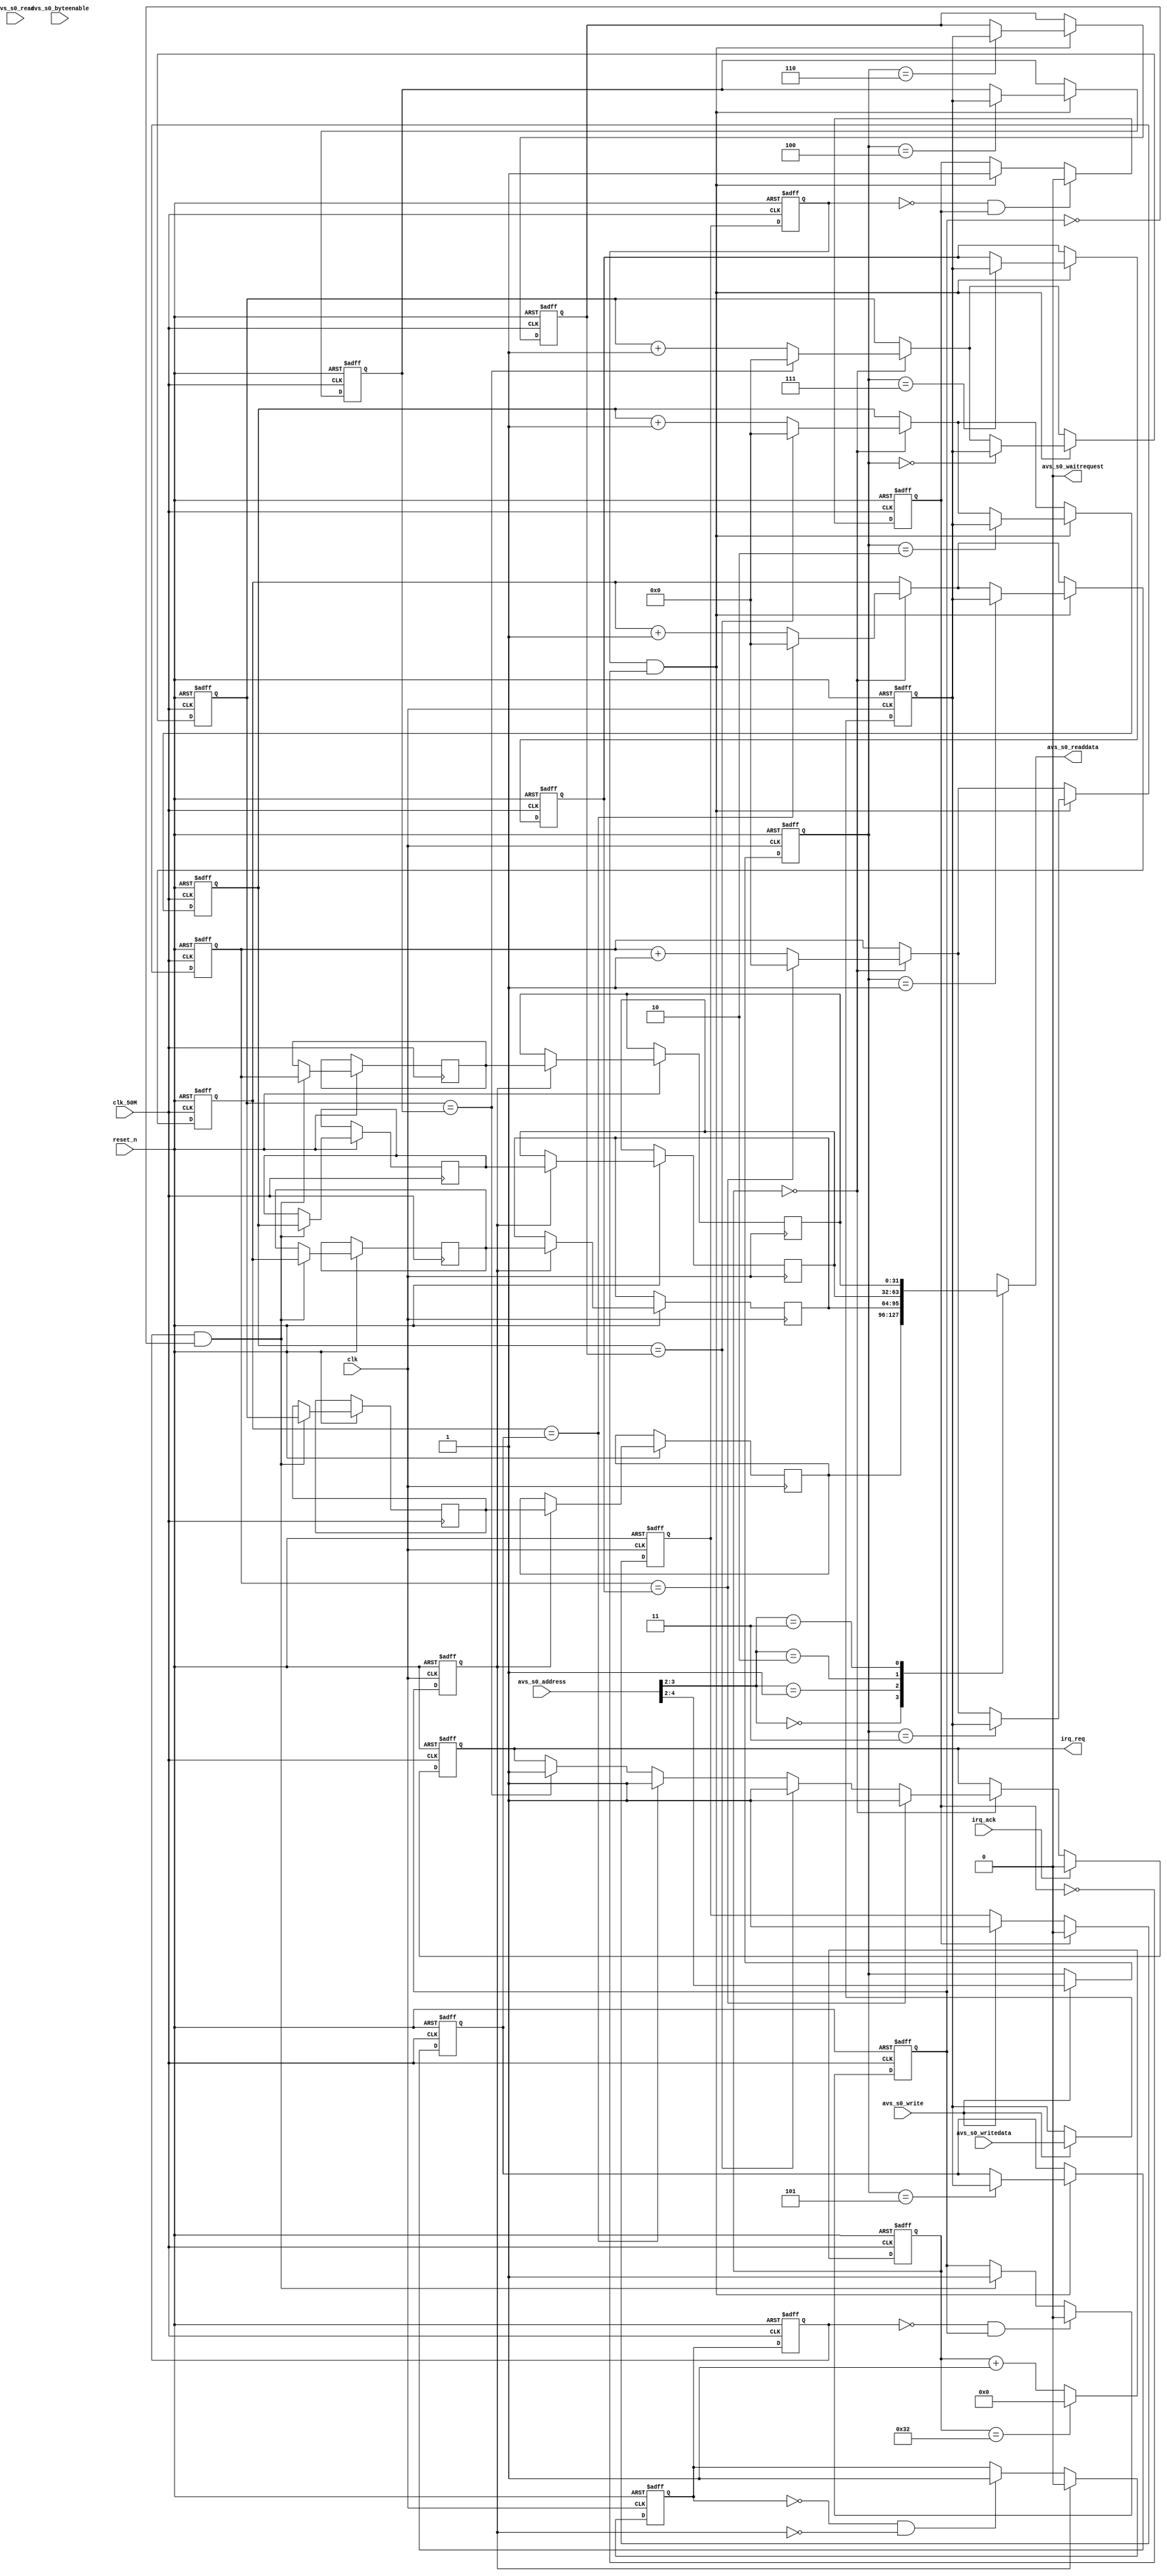
module mytimer (
    input          clk,                // clock.clk
    input          clk_50M,
    input          reset_n,               // reset.reset
    
    input   [15:0] avs_s0_address,     //    s0.address
    input          avs_s0_read,        //      .read
    input          avs_s0_write,       //      .write
    output  [31:0] avs_s0_readdata,    //      .readdata
    input   [31:0] avs_s0_writedata,   //      .writedata
    output         avs_s0_waitrequest, //      .waitrequest
    input   [3:0]  avs_s0_byteenable,    //      .readdata
    output reg     irq_req,
    input          irq_ack
  );

  // TODO: Auto-generated HDL template

  assign avs_s0_waitrequest = 1'b0;
  
  reg [31:0] timer[8];
  reg [31:0] timer_trans[4];
  
  reg [5:0] tick;
  reg req_buff;
  reg ack;

  reg sync_req_buff;
  reg sync_ack;
  
  always @ (posedge clk_50M or negedge reset_n) begin
    if (!reset_n) begin
      tick <= 0;
      timer[0] <= 0;
      timer[1] <= 0;
      timer[2] <= 0;
      timer[3] <= 0;
      timer[4] <= 32'hFFFFFFFF;
      timer[5] <= 32'hFFFFFFFF;
      timer[6] <= 32'hFFFFFFFF;
      timer[7] <= 32'hFFFFFFFF;
      req_buff <= 0;
      ack <= 0;
      irq_req <= 0;
      sync_req_buff <= 0;
      sync_ack <= 0;
    end else begin
      tick <= tick + 1'b1;
      if(tick==50) begin
        tick<=0;
      end
      if(tick==0)begin
        timer[0]<=timer[0]+1'b1;
        timer[1]<=timer[1]+1'b1;
        timer[2]<=timer[2]+1'b1;
        timer[3]<=timer[3]+1'b1;
        if(timer[0]==timer[4])begin timer[0]<=0;irq_req<=1;end
        if(timer[1]==timer[5])begin timer[1]<=0;irq_req<=1;end
        if(timer[2]==timer[6])begin timer[2]<=0;irq_req<=1;end
        if(timer[3]==timer[7])begin timer[3]<=0;irq_req<=1;end
      end
      
      req_buff <= req;
      if(req_buff && !ack) begin
        timer[set]<=val;
        ack <= 1;
      end
      if(!req_buff && ack) begin
        ack <= 0;
      end
      
      if(irq_ack)begin
        irq_req<=0;
      end
      
      sync_req_buff <= sync_req;
      if(sync_req_buff && !sync_ack) begin
        timer_trans[0]<=timer[0];
        timer_trans[1]<=timer[1];
        timer_trans[2]<=timer[2];
        timer_trans[3]<=timer[3];
        sync_ack <= 1;
      end
      
      if(!sync_req_buff && sync_ack) begin
        sync_ack <= 0;
      end
      
      
    end
  end
  
  assign avs_s0_readdata = timer_out[avs_s0_address[3:2]];
  
  reg [31:0] timer_out[4];

  reg [2:0] set;
  reg [31:0] val;
  reg        req;
  
  reg sync_req;
  reg sync_ack_buff;
  
  always @ (posedge clk or negedge reset_n) begin
    if (!reset_n) begin
      set <= 0;
      val <= 0;
      req <= 0;
      sync_ack_buff <= 0;
      sync_req <= 0;
    end else begin
      if(avs_s0_write) begin
        set <= avs_s0_address[4:2];
        val <= avs_s0_writedata;
        req <= 1;
      end
      
      if(ack)begin
        req <= 0;
      end
      
      sync_ack_buff <= sync_ack;
      if(!sync_req && !sync_ack_buff) begin
        sync_req <= 1;
      end
      if(sync_ack_buff) begin
        timer_out[0]<=timer_trans[0];
        timer_out[1]<=timer_trans[1];
        timer_out[2]<=timer_trans[2];
        timer_out[3]<=timer_trans[3];
        sync_req <= 0;
      end
      
      
    end
  end

  
endmodule